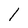
Character: l